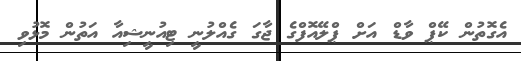
އެގޮތުން ކޭޕް ވާޑް އަށް ޕްލޭއޮފްގެ ޖާގަ ގެއްލުނީ ޓިއުނީޝިއާ އަތުން މޮޅުވި